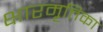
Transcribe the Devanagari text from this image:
क्षारमृत्तिका